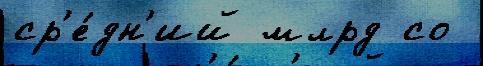
ср'е́дн'ий млрд со